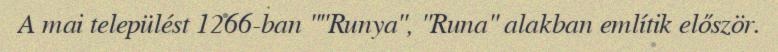
A mai települést 1266-ban ""Runya", "Runa" alakban említik először.